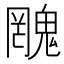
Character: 𲌫